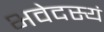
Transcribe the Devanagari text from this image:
भवेदस्यं